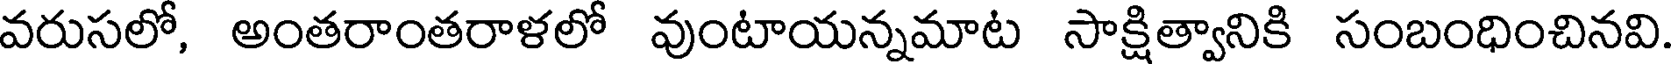
వరుసలో, అంతరాంతరాళలో వుంటాయన్నమాట సాక్షిత్వానికి సంబంధించినవి.